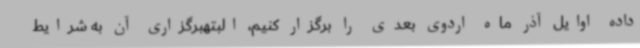
داده اوایل آذر ماه اردوی بعدی را برگزار کنیم، البتهبرگزاری آن به شرایط